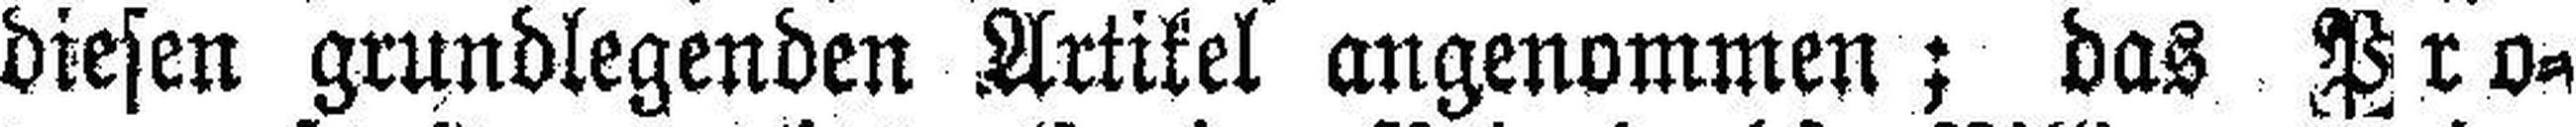
diesen grundlegenden Artikel angenommen; das Pro¬